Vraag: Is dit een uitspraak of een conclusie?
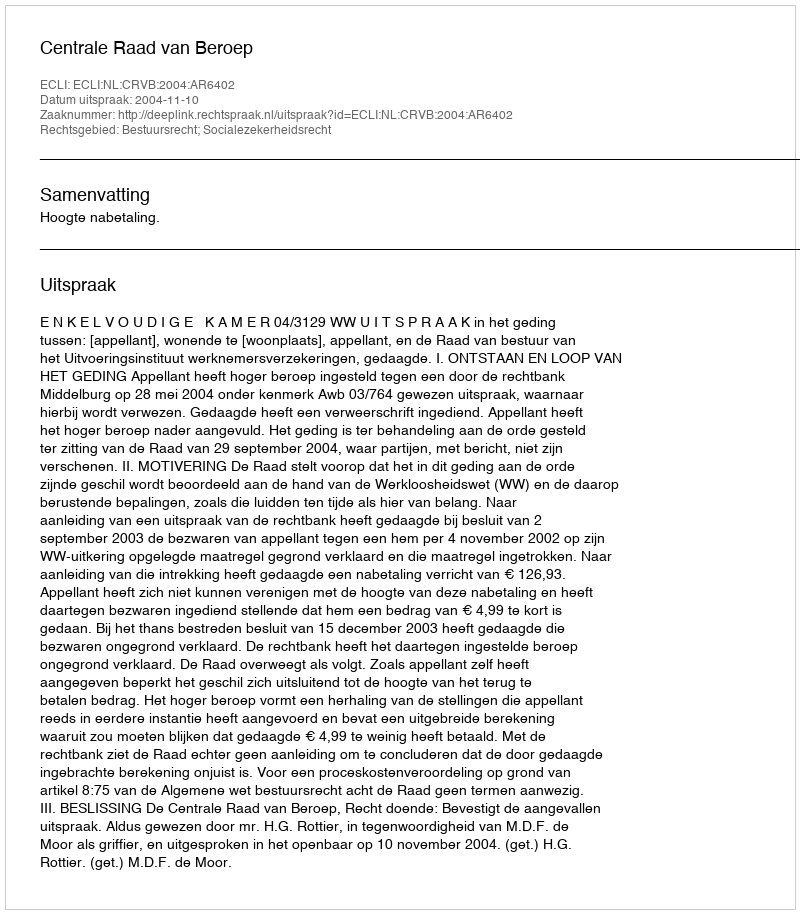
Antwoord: Uitspraak